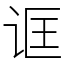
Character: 诓